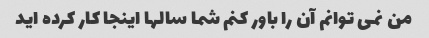
من نمی توانم آن را باور کنم شما سالها اینجا کار کرده اید